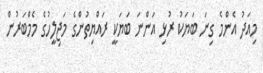
މިއަދު އެންމެ ގިނަ ބަޔަކު ރުޅި އަންނަ ބަޔަކީ ރައްޔިތުންގެ މަޖިލީހުގެ މެމްބަރުން